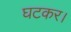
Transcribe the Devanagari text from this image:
घटकर।